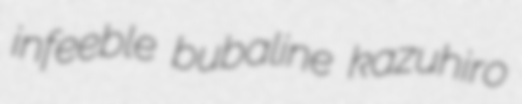
infeeble bubaline kazuhiro